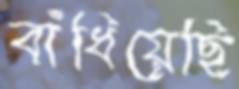
বাঁধিয়েছি